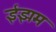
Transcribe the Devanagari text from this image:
ईझम